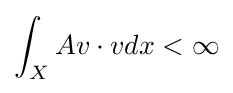
\int _{X}Av\cdot vdx<\infty